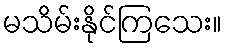
မသိမ်းနိုင်ကြသေး။